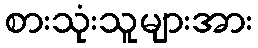
စားသုံးသူများအား